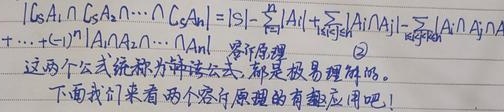
\(\left|\overline{C}_{S}A_{1}\cap\overline{C}_{S}A_{2}\cap\cdots\cap\overline{C}_{S}A_{n}\right| = |S|-\sum_{i = 1}^{n}|A_{i}|+\sum_{1\leq i<j\leq n}|A_{i}\cap A_{j}|-\sum_{1\leq i<j<k\leq n}|A_{i}\cap A_{j}\cap A_{k}|+\cdots+(- 1)^{n}|A_{1}\cap A_{2}\cap\cdots\cap A_{n}|\)

容斥原理：这两个公式统称为容斥公式，都是极易理解的。下面我们来看两个容斥原理的有趣应用吧！